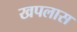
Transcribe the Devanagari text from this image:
खपलास